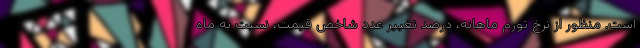
است. منظور از نرخ تورم ماهانه، درصد تغییر عدد شاخص قیمت، نسبت به ماه